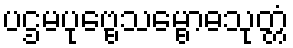
ပဌမပုဗ္ဗေသမ္ဗောဓသုတ္တံ